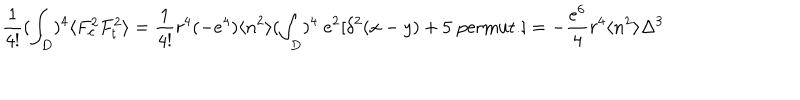
\frac { 1 } { 4 ! } ( \int _ { D } ) ^ { 4 } \langle F _ { c } ^ { 2 } F _ { t } ^ { 2 } \rangle = \frac { 1 } { 4 ! } r ^ { 4 } ( - e ^ { 4 } ) \langle n ^ { 2 } \rangle ( \int _ { D } ) ^ { 4 } \; e ^ { 2 } [ \delta ^ { 2 } ( x - y ) + 5 \; \mathrm { p e r m u t . } ] = - \frac { e ^ { 6 } } { 4 } r ^ { 4 } \langle n ^ { 2 } \rangle \Delta ^ { 3 }